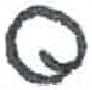
אות: ס